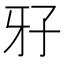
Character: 𤘅